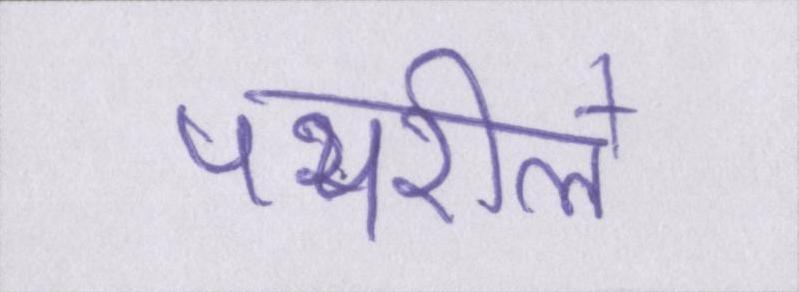
पथरीले